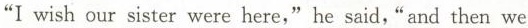
"I wish our sister were here," he said,"and then we I wish our sister were here," he said," and then we